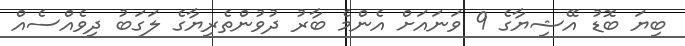
ބިޔަ ބޮޑު އޭޝިޔާގެ 9 ވަނައަށް އެންމެ ބާރު ދުވުންތެރިޔާގެ ލަގަބު ދިވެއްސެއް